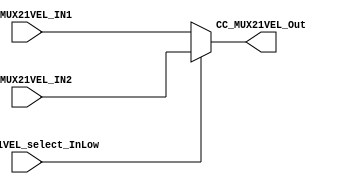
//# Copyright (C) 2018. F.E.Segura-Quijano (FES) fsegura@uniandes.edu.co
//# 
//# This program is free software: you can redistribute it and/or modify
//# it under the terms of the GNU General Public License as published by
//# the Free Software Foundation, version 3 of the License.
//#
//# This program is distributed in the hope that it will be useful,
//# but WITHOUT ANY WARRANTY; without even the implied warranty of
//# MERCHANTABILITY or FITNESS FOR A PARTICULAR PURPOSE.  See the
//# GNU General Public License for more details.
//#
//# You should have received a copy of the GNU General Public License
//# along with this program.  If not, see <http://www.gnu.org/licenses/>
//####################################################################*/
//=======================================================
//  MODULE Definition
//=======================================================

module CC_MUX21VEL (

//////////// INPUTS //////////
	CC_MUX21VEL_select_InLow,
	CC_MUX21VEL_IN1,
	CC_MUX21VEL_IN2,

//////////// OUTPUTS //////////
	CC_MUX21VEL_Out
	
);
//=======================================================
//  PARAMETER declarations
//=======================================================

//=======================================================
//  PORT declarations
//=======================================================

input	CC_MUX21VEL_select_InLow;
input	CC_MUX21VEL_IN1;
input	CC_MUX21VEL_IN2;

output CC_MUX21VEL_Out;

//=======================================================
//  REG/WIRE declarations
//=======================================================

//=======================================================
//  Structural coding
//=======================================================
																			  
assign CC_MUX21VEL_Out = (CC_MUX21VEL_select_InLow == 1'b0)?CC_MUX21VEL_IN1:
																				CC_MUX21VEL_IN2;	
																			  
endmodule